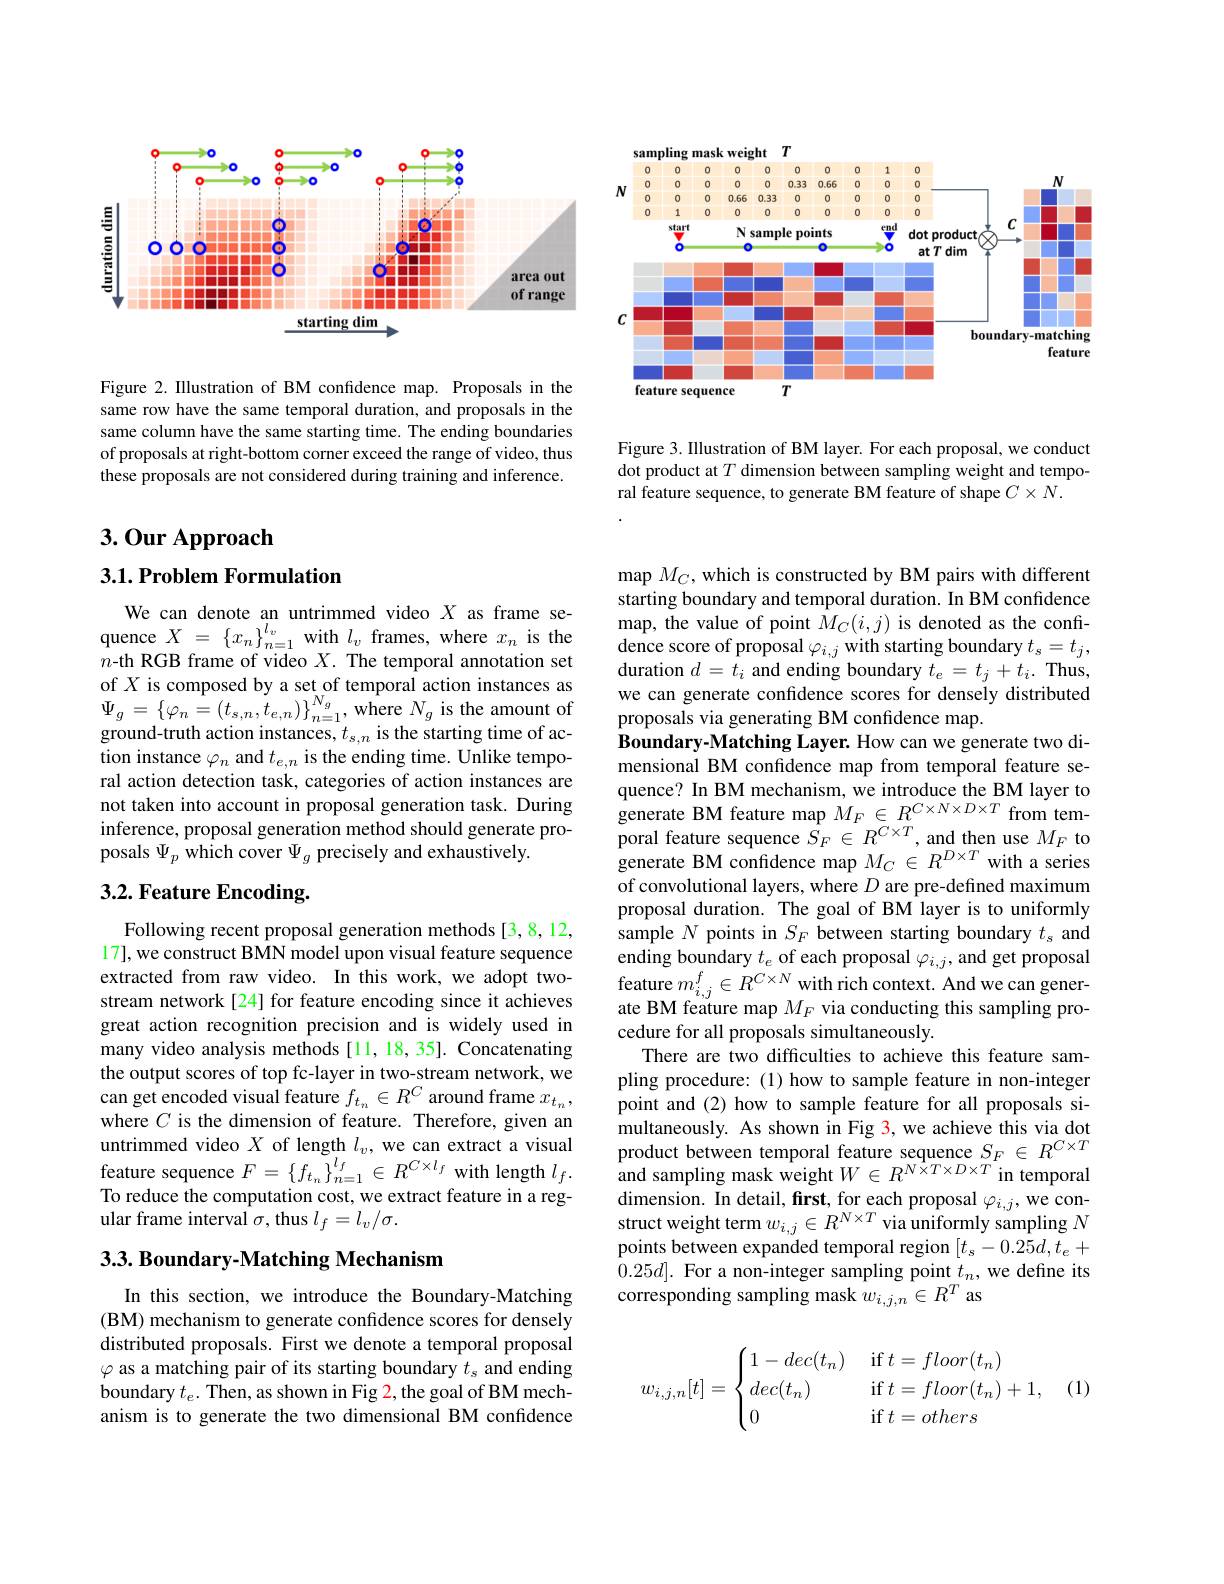
sampling mask weight $T$
<FigureHere>

Figure 3. Illustration of BM layer. For each proposal, we conduct dot product at $T$ dimension between sampling weight and temporal feature sequence, to generate BM feature of shape $C\times N.$

<FigureHere>

Figure 2. IIlustration of BM confidence map. Proposals in the same row have the same temporal duration, and proposals in the same column have the same starting time. The ending boundaries of proposals at right-bottom corner exceed the range of video, thus these proposals are not considered during training and inference.

3.0ur Approach

### $3. 1. \textbf{Problem Formulation}$

We can denote an untrimmed video $X$ as frame se- $\begin{array}{lcl}\text{quence}X&=&\{x_n\}_{n=1}^{l_v}\text{with}&l_v\text{frames,where}&x_n\text{is the}\\n\text{-th RGB frame of video }&X.\text{The temporal annotation set}\end{array}$ of $X$ is composed by a set of temporal action instances as $\Psi_{g}=\left\{\varphi_{n}=(t_{s,n},t_{e,n})\right\}_{n=1}^{N_{g}}$,where $N_g$ is the amount of$g$ound-truth action instances, $t_s,n$ is the starting time of action instance $\varphi_n$ and $t_e,n$ is the ending time. Unlike temporal action detection task, categories of action instances are not taken into account in proposal generation task. During inference, proposal generation method should generate proposals $\Psi_p$ which cover $\Psi_g$ precisely and exhaustively.

## 3.2. Feature Encoding.

Following recent proposal generation methods[3,8,12, 17], we construct BMN model upon visual feature sequence extracted from raw video. In this work, we adopt twostream network[24] for feature encoding since it achieves great action recognition precision and is widely used in many video analysis methods [11,18,35]. Concatenating the output scores of top fc-layer in two-stream network, we $\hat{\text{can get encoded visual feature }f_{t_{n}}}\in R^{C}\underset{\mathrm{Tu}}{\operatorname*{\text{around frame }}}x_{t_{n}}$, where $C$ is the dimension of feature. Therefore, given an untrimmed video $X$ of length $l_v$, we can extract a visual feature sequence $F=\left\{f_{t_n}\right\}_{n=1}^{l_f}\in R^{C\times l_f}$ with length $l_f.$ To reduce the computation cost, we extract feature in a regular frame interval $\sigma$, thus $l_f=l_v/\sigma.$

### 3.3. Boundary-Matching Mechanism

In this section, we introduce the Boundary-Matching (BM) mechanism to generate confdence scores for densely distributed proposals. First we denote a temporal proposal $\varphi$ as a matching pair of its starting boundary $t_s$ and ending boundary $t_e.$ Then, as shown in Fig 2, the goal of BM mechanism is to generate the two dimensional BM confidence

map $M_C$, which is constructed by BM pairs with different starting boundary and temporal duration. In BM confidence $\operatorname*{map,}$the value of point $M_C(i,j)$ is denoted as the confidence score of proposal $\varphi_i,j$ with starting boundary $t_s=t_j$, duration $d=t_i$ and ending boundary $t_e=t_j+t_i.$ Thus, we can generate confidence scores for densely distributed proposals via generating BM confidence map.
Boundary- Matching Layer. How can we generate two dimensional BM confidence map from temporal feature sequence? In BM mechanism, we introduce the BM layer to generate BM feature map $M_F\in R^{C\times N\times D\times T}$ from tem- $\begin{array}{l}{\text{poral feature sequence }\bar{S}_{F}\in R^{C\times T},\mathrm{~and~then~use~}M_{F}\mathrm{~to}}\\{\text{generate BM confidence map}M_{C}\in R^{D\times T}\mathrm{~with~a~series}}\end{array}$ of convolutional layers, where $D$ are pre-defined maximum proposal duration. The goal of BM layer is to uniformly sample $N$ points in $S_F$ between starting boundary $t_s$ and ending boundary $t_e$ of each proposal $\varphi_i,j$, and get proposal $\begin{array}{l}\text{feature }m_{i,j}^{f}\in R^{C\times N}\text{ with rich context. And we can gener-}\\\text{ate BM feature map }M_F\text{ via conducting this sampling pro-}\end{array}$ cedure for all proposals simultaneously
There are two difficulties to achieve this feature sampling procedure: (1) how to sample feature in non-integer point and (2) how to sample feature for all proposals simultaneously. As shown in Fig 3, we achieve this via dot product between temporal feature sequence $S_F\in R^{C\times T}$ and sampling mask weight $W\in R^{\hat{N\times T}\times D\times T}$ in temporal dimension. In detail, first, for each proposal $\varphi_{i,j}$, we construct weight term $w_i,j\in R^{N\times T}$ via uniformly sampling $N$ points between expanded temporal region $[t_s-0.25d,t_e+$ $\hat{0}.25d].$ For a non-integer sampling point $t_n$,we define its corresponding sampling mask $w_{i,j,n}\in R^T$ as

(1)
$$w_{i,j,n}[t]=\begin{cases}1-dec(t_n)&\text{if}t=floor(t_n)\\dec(t_n)&\text{if}t=floor(t_n)+1,\\0&\text{if}t=others\end{cases}$$